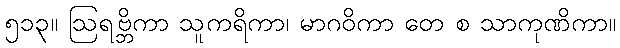
၅၁၃။ ဩရဗ္ဘိကာ သူကရိကာ၊ မာဂဝိကာ တေ စ သာကုဏိကာ။